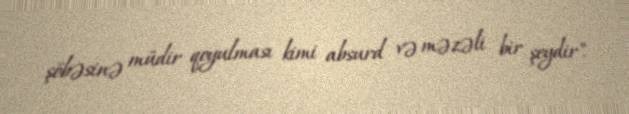
şöbəsinə müdir qoyulması kimi absurd və məzəli bir şeydir".